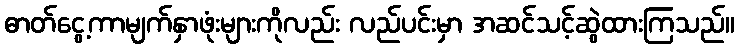
ဓာတ်ငွေ့ကာမျက်နှာဖုံးများကိုလည်း လည်ပင်းမှာ အဆင်သင့်ဆွဲထားကြသည်။